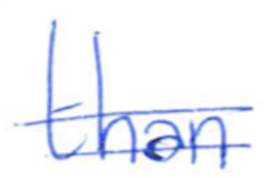
Text: than
Cross-out: double-line
Writing tool: ballpoint